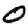
Digit: 0